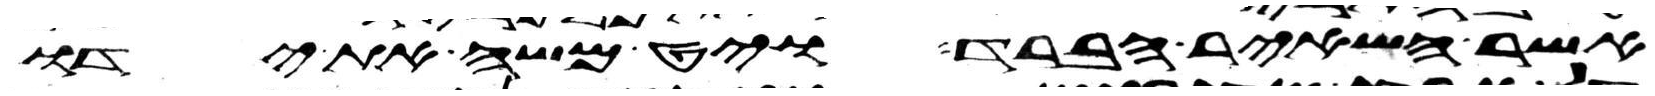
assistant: אשר השאיר הברד ויט משה את ידו